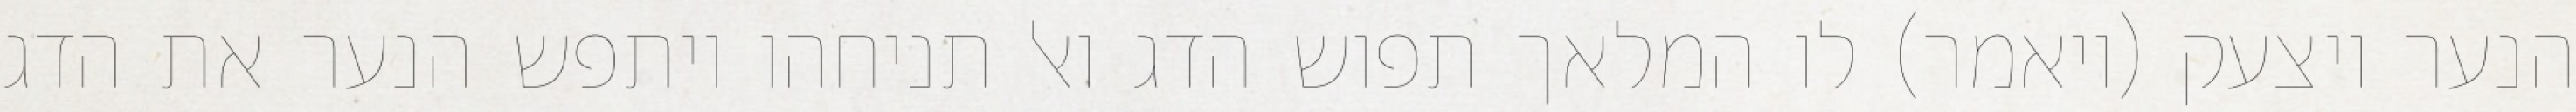
הנער ויצעק (ויאמר) לו המלאך תפוש הדג ואל תניחהו ויתפש הנער את הדג